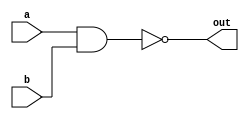
module Nand(input a, b, output out);
  nand g1(out, a, b);
endmodule